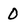
Character: 0